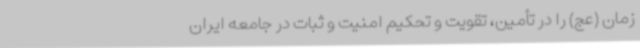
زمان (عج) را در تأمین، تقویت و تحکیم امنیت و ثبات در جامعه ایران